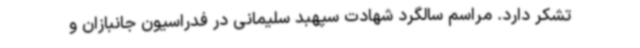
تشکر دارد. مراسم سالگرد شهادت سپهبد سلیمانی در فدراسیون جانبازان و